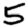
Digit: 5